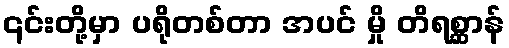
၎င်းတို့မှာ ပရိုတစ်တာ အပင် မှို တိရစ္ဆာန်